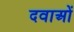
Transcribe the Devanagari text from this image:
दवाअों